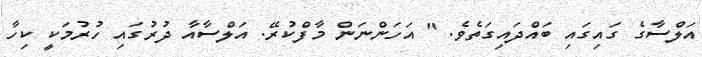
އަލްސާގެ ގައިގައި ބައްދައިގަތެވެ. " އަހަންނަން މާފްކުރޭ. އަލްސާއާ ދުރުގައި ހުރުމަކީ ކިހާ